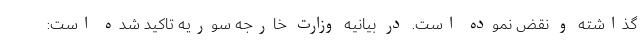
گذاشته و نقض نموده است. در بیانیه وزارت خارجه سوریه تاکید شده است: